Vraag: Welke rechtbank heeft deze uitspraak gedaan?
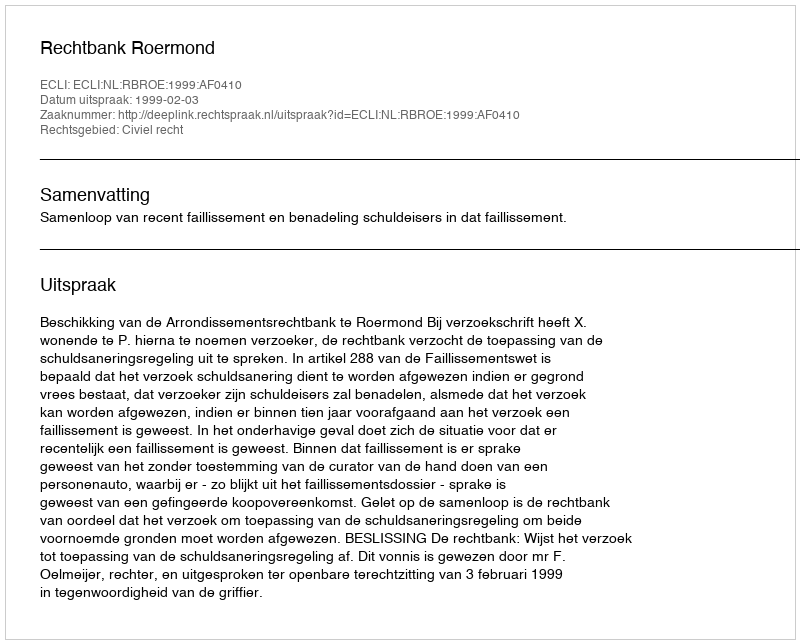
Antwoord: Rechtbank Roermond